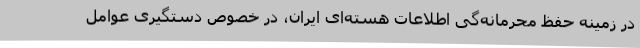
در زمینه حفظ محرمانه‌گی اطلاعات هسته‌ای ایران، در خصوص دستگیری عوامل